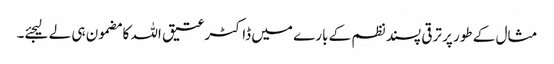
مثال کے طور پر ترقی پسند نظم کے بارے میں ڈاکٹر عتیق اللہ کا مضمون ہی لے لیجئے۔